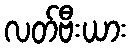
လတ်ဗီးယား